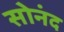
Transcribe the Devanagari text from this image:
सोनंद